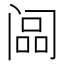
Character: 𬮳